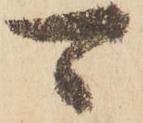
可